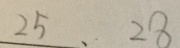
2 5 、 2 8